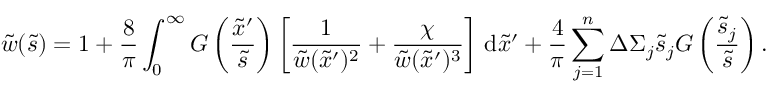
\tilde { w } ( \tilde { s } ) = 1 + \frac { 8 } { \pi } \int _ { 0 } ^ { \infty } G \left( \frac { \tilde { x } ^ { \prime } } { \tilde { s } } \right) \left[ \frac { 1 } { \tilde { w } ( \tilde { x } ^ { \prime } ) ^ { 2 } } + \frac { \chi } { \tilde { w } ( \tilde { x } ^ { \prime } ) ^ { 3 } } \right] \, \mathrm { d } \tilde { x } ^ { \prime } + \frac { 4 } { \pi } \sum _ { j = 1 } ^ { n } \Delta \Sigma _ { j } \tilde { s } _ { j } G \left( \frac { \tilde { s } _ { j } } { \tilde { s } } \right) .